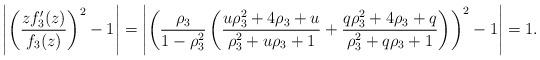
LaTeX: \begin{align*} &\left|\left(\frac{zf_3'(z)}{f_3(z)}\right)^2-1\right| = \left|\left(\frac{\rho_3}{1-\rho_3^2} \left(\frac{u \rho_3^2+4 \rho_3+u}{\rho_3^2+u \rho_3+1}+\frac{q \rho_3^2+4 \rho_3+q}{\rho_3^2+q \rho_3 +1}\right)\right)^2-1\right|=1.\end{align*}